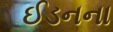
ઈડનના